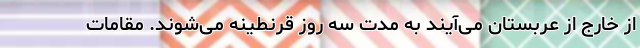
از خارج از عربستان می‌آیند به مدت سه روز قرنطینه می‌شوند. مقامات